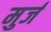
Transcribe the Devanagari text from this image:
मुर्ज